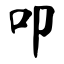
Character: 叩